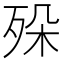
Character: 𣧷